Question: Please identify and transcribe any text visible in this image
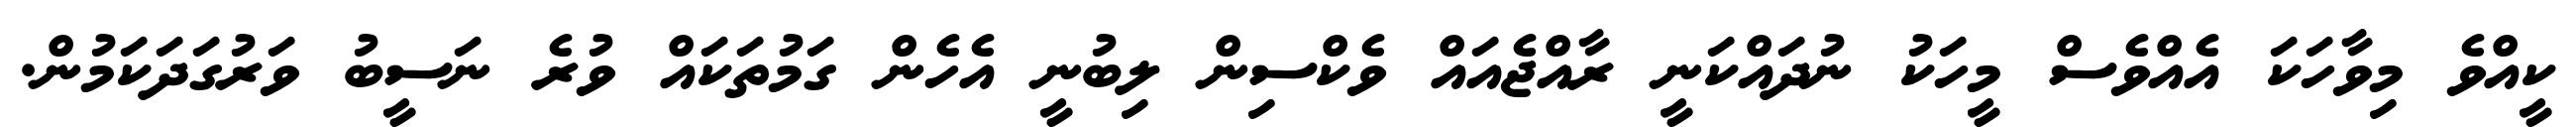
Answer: ކީއްވެ މިވާހަކަ އެއްވެސް މީހަކު ނުދައްކަނީ ރާއްޖެއައް ވެކްސިން ލިބުނީ އެހެން ގަމުތަކައް ވުރެ ނަސީބު ވަރުގަދަކަމުން.